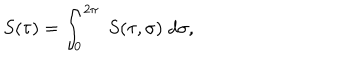
S ( \tau ) = \int _ { 0 } ^ { 2 \pi } \; S ( \tau , \sigma ) \; d \sigma ,